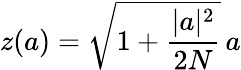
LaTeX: z(a)=\sqrt{1+\frac{|a|^{2}}{2N}}\, a